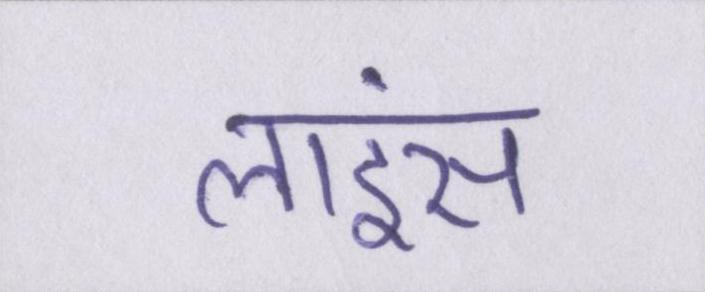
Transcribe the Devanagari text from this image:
लाइंस